Indian journal of veterinary science and animal husbandry - Volume 10,
Year: 1940
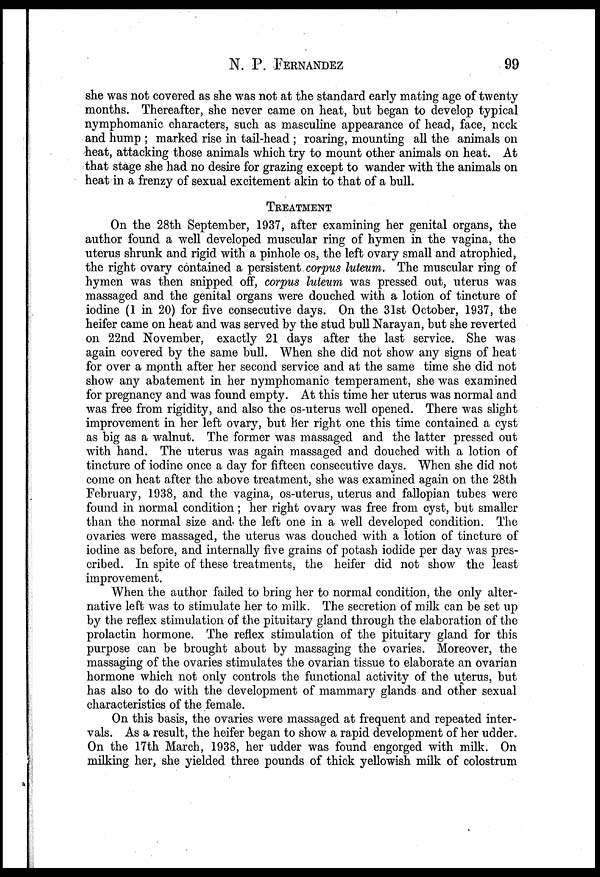
N. P.
FERNANDEZ
99
she was not covered as she was not at the standard early mating age of twenty
months. Thereafter, she never came on heat, but began to develop typical
nymphomanic characters, such as masculine appearance of head, face, neck
and hump ; marked rise in tail-head ; roaring, mounting all the animals on
heat, attacking those animals which try to mount other animals on heat. At
that stage she had no desire for grazing except to wander with the animals on
heat in a frenzy of sexual excitement akin to that of a bull.
TREATMENT
On the 28th September, 1937, after examining her genital organs, the
author found a well developed muscular ring of hymen in the vagina, the
uterus shrunk and rigid with a pinhole os, the left ovary small and atrophied,
the right ovary contained a persistent corpus luteum. The muscular ring of
hymen was then snipped off, corpus luteum was pressed out, uterus was
massaged and the genital organs were douched with a lotion of tincture of
iodine (1 in 20) for five consecutive days. On the 31st October, 1937, the
heifer came on heat and was served by the stud bull Narayan, but she reverted
on 22nd November, exactly 21 days after the last service. She was
again covered by the same bull. When she did not show any signs of heat
for over a month after her second service and at the same time she did not
show any abatement in her nymphomanic temperament, she was examined
for pregnancy and was found empty. At this time her uterus was normal and
was free from rigidity, and also the os-uterus well opened. There was slight
improvement in her left ovary, but her right one this time contained a cyst
as big as a walnut. The former was massaged and the latter pressed out
with hand. The uterus was again massaged and douched with a lotion of
tincture of iodine once a day for fifteen consecutive days. When she did not
come on heat after the above treatment, she was examined again on the 28th
February, 1938, and the vagina, os-uterus, uterus and fallopian tubes were
found in normal condition ; her right ovary was free from cyst, but smaller
than the normal size and the left one in a well developed condition. The
ovaries were massaged, the uterus was douched with a lotion of tincture of
iodine as before, and internally five grains of potash iodide per day was pres-
cribed. In spite of these treatments, the heifer did not show the least
improvement.
When the author failed to bring her to normal condition, the only alter-
native left was to stimulate her to milk. The secretion of milk can be set up
by the reflex stimulation of the pituitary gland through the elaboration of the
prolactin hormone. The reflex stimulation of the pituitary gland for this
purpose can be brought about by massaging the ovaries. Moreover, the
massaging of the ovaries stimulates the ovarian tissue to elaborate an ovarian
hormone which not only controls the functional activity of the uterus, but
has also to do with the development of mammary glands and other sexual
characteristics of the female.
On this basis, the ovaries were massaged at frequent and repeated inter-
vals. As a result, the heifer began to show a rapid development of her udder.
On the 17th March, 1938, her udder was found engorged with milk. On
milking her, she yielded three pounds of thick yellowish milk of colostrum